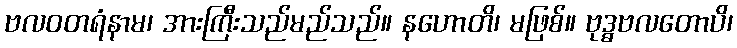
ဗလဝတရံနာမ၊ အားကြီးသည်မည်သည်။ နဟောတိ၊ မဖြစ်။ ဗုဒ္ဓဗလတောပိ၊